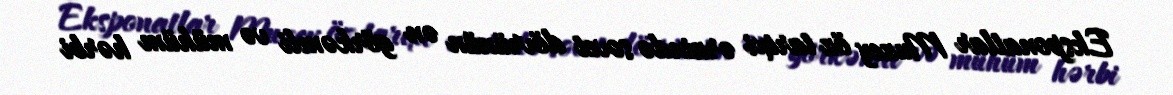
Eksponatlar Muzey öz tarixi ərzində sovet dövrünün ən görkəmli və mühüm hərbi